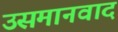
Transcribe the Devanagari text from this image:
उसमानवाद